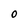
Character: 0